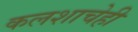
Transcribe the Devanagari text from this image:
कलशाचेही